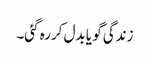
زندگی گو یا بدل کررہ گئی۔